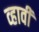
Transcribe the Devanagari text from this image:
व्‍हावी